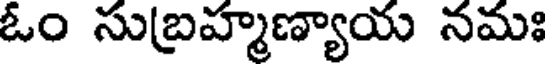
ఓం సుబ్రహ్మణ్యాయ నమః